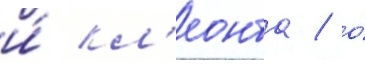
и́ кл'еонта / о́